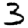
Digit: 3